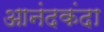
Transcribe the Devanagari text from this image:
आनंदकंदा